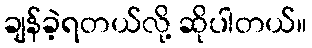
ချန်ခဲ့ရတယ်လို့ ဆိုပါတယ်။